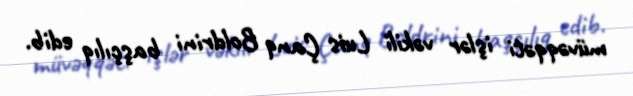
müvəqqəti işlər vəkili Luis Çanq Boldrini başçılıq edib.